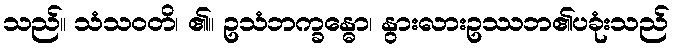
သည်။ သံသဝတိ၊ ၏။ ဥသံဘက္ခန္ဓော၊ နွားလားဥဿဘ၏ပခုံးသည်